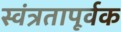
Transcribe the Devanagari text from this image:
स्वंत्रतापूर्वक